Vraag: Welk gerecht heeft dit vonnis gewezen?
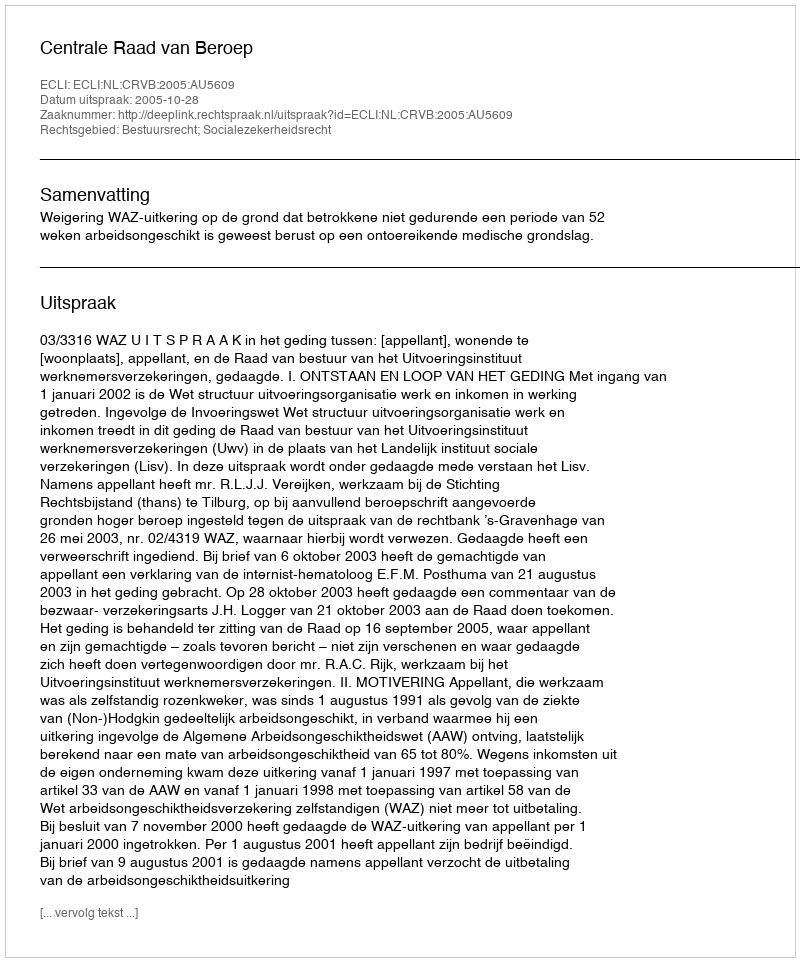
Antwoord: Centrale Raad van Beroep